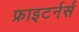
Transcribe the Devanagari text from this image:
फ्राइटर्नर्स